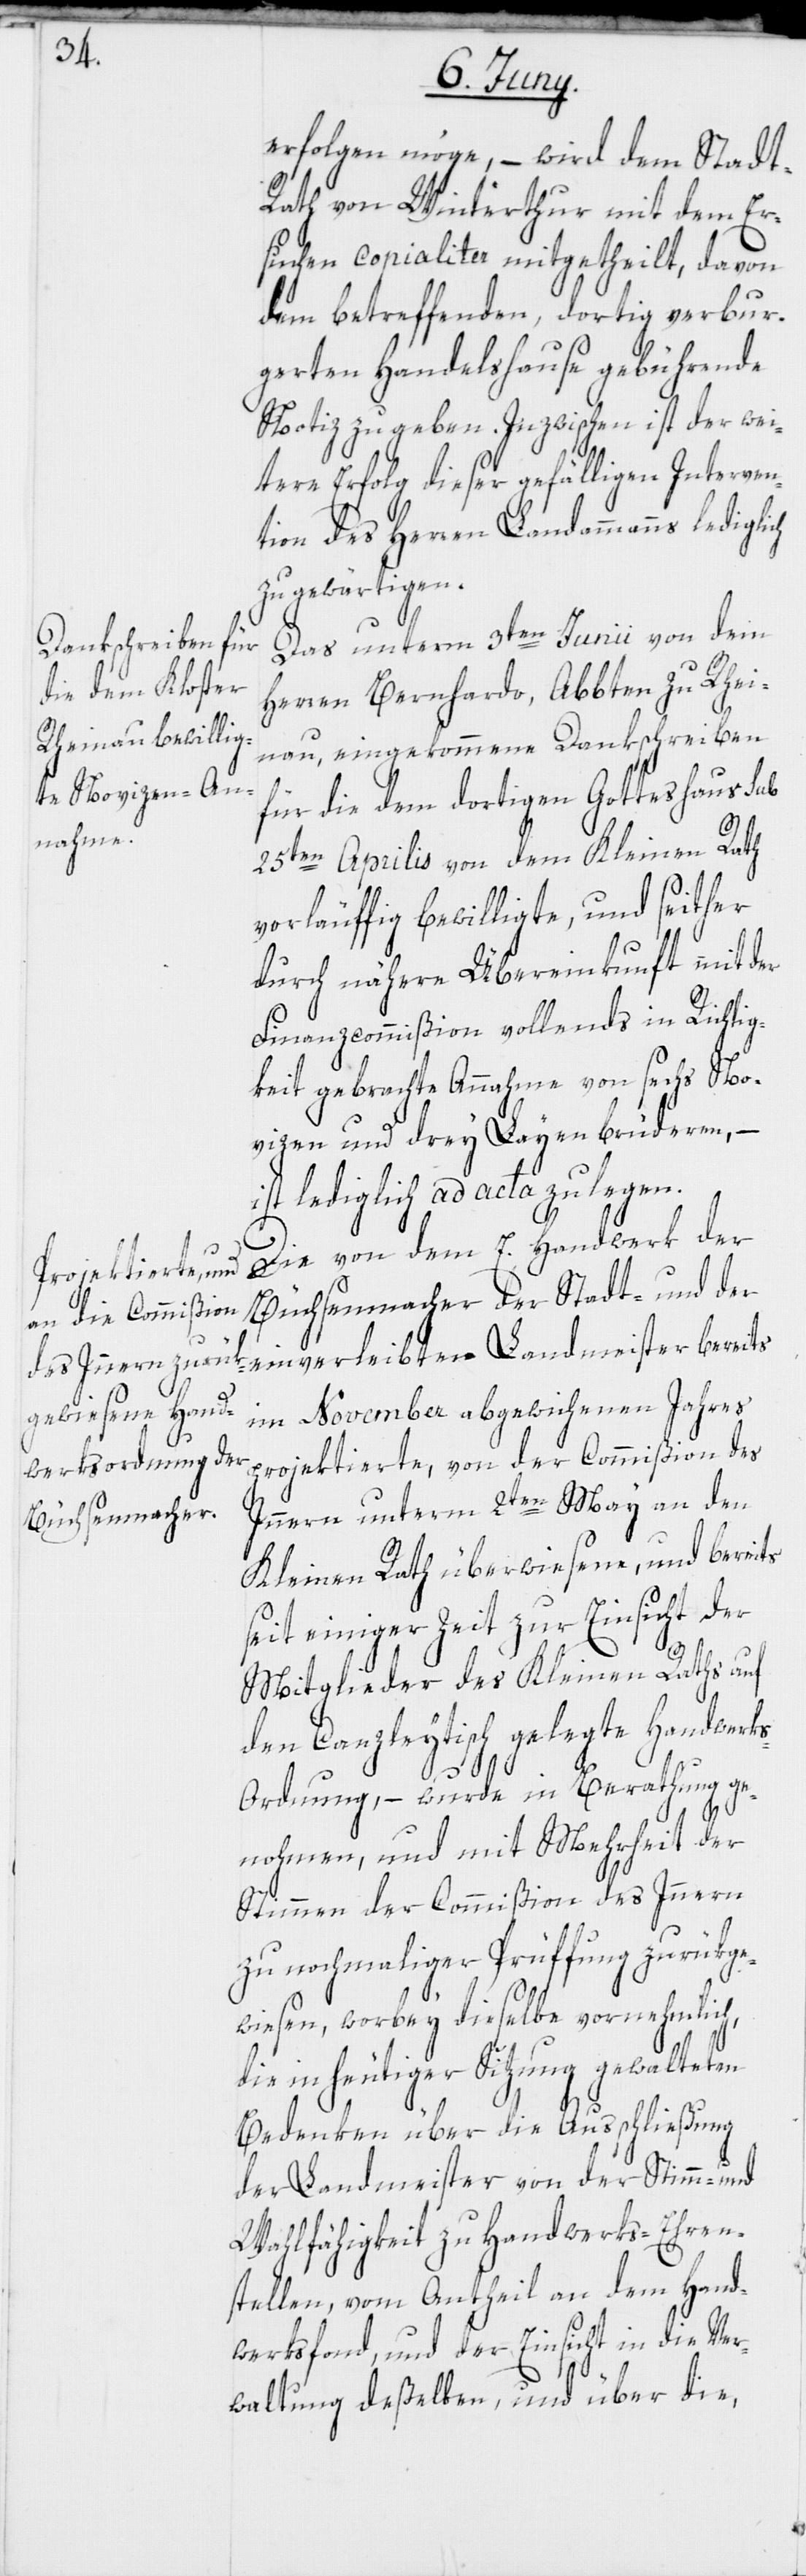
erfolgen möge, – wird dem Stadt-R¬
ath von Winterthur mit dem Er¬
suchen copialiter mitgetheilt, davon
dem betreffenden, dortig verbur¬
gerten Handelshause gebührende
Notiz zu geben. Inzwischen ist der wei¬
tere Erfolg dieser gefälligen Interven¬
tion des Herren Landammanns lediglich
zu gewärtigen.
Das unterm 3ten Junii von dem
Herren Bernhardo, Abbten zu Rhei¬
nau, eingekommene Dankschreiben
für die dem dortigen Gotteshaus sub
25ten Aprilis von dem Kleinen Rath
vorläuffig bewilligte, und seither
durch nähere Übereinkunft mit der
Finanzcommißion vollends in Richtig¬
keit gebrachte Annahme von sechs No¬
vizen und drey Layenbrüderen, –
ist lediglich ad acta zu legen.
Die von dem E. Handwerk der
Büchsenmacher der Stadt- und der
einverleibten Landmeister bereits
im November abgewichenen Jahres
projektierte, von der Commißion des
Innern unterm 2ten May an den
Kleinen Rath überwiesene, und bereits
seit einiger Zeit zur Einsicht der
Mitglieder des Kleinen Raths auf
den Canzleytisch gelegte Handwerk¬
s-Ordnung, – wurde in Berathung ge¬
nohmen, und mit Mehrheit der
Stimmen der Commißion des Innern
zu nochmaliger Prüffung zurükge¬
wiesen, worbey dieselbe vornehmlich,
die in heutiger Sitzung gewalteten
Bedenken über die Ausschließung
der Landmeister von der Stimm- und
Wahlfähigkeit zu Handwerks-Ehren¬
stellen, vom Antheil an dem Hand¬
werksfond, und der Einsicht in die Ver¬
waltung deßelben, und über die,